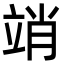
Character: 䇌